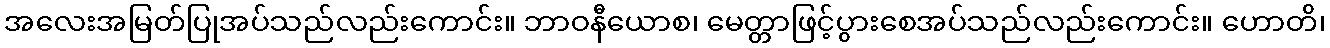
အလေးအမြတ်ပြုအပ်သည်လည်းကောင်း။ ဘာဝနီယောစ၊ မေတ္တာဖြင့်ပွားစေအပ်သည်လည်းကောင်း။ ဟောတိ၊